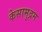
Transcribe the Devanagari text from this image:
केसामुद्रम